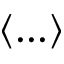
\left< . . . \right>